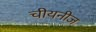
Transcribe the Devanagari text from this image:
चीयनीज